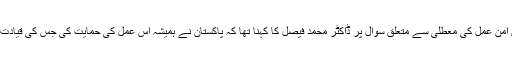
ہفتہ وار بریفنگ کے دوران افغان امن عمل کی معطلی سے متعلق سوال پر ڈاکٹر محمد فیصل کا کہنا تھا کہ پاکستان نے ہمیشہ اس عمل کی حمایت کی جس کی قیادت 'افغانوں کی جانب سے کی گئی'۔